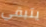
يتبقي